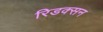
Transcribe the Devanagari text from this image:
रिडक्सन